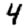
Digit: 4